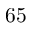
6 5